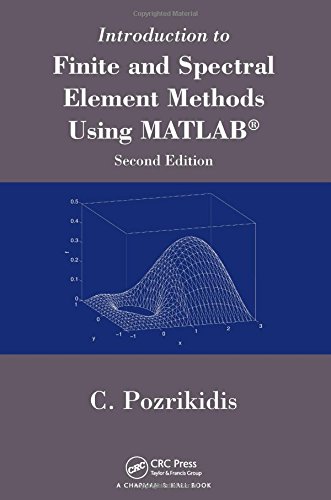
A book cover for Introduction to Finite and Spectral Element Methods Using MATLAB, Second Edition; Constantine Pozrikidis; Science & Math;